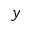
y